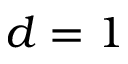
d = 1